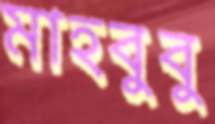
মাহবুবু